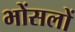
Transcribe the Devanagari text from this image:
भोंसलों